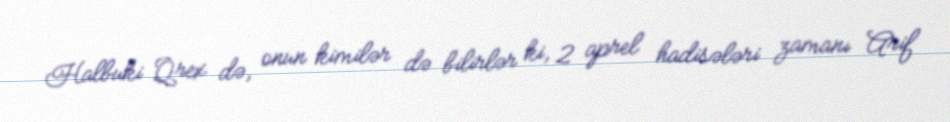
Halbuki Qrex də, onun kimilər də bilirlər ki, 2 aprel hadisələri zamanı Arif